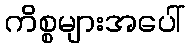
ကိစ္စများအပေါ်